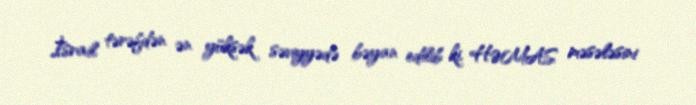
İsrail tərəfdən ən yüksək səviyyədə bəyan edilib ki, HƏMAS məsələsini